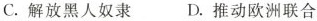
C.解放黑人奴隶D.推动欧洲联合